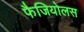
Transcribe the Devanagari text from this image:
फैजियोलस